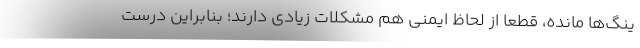
ینگ‌ها مانده، قطعا از لحاظ ایمنی هم مشکلات زیادی دارند؛ بنابراین درست